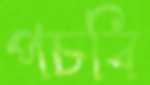
পচবি